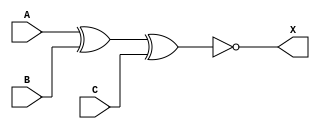
module sky130_fd_sc_ms__xnor3_5 (
    X,
    A,
    B,
    C
);
    output X;
    input  A;
    input  B;
    input  C;
    wire xnor0_out_X;
    xnor xnor0 (xnor0_out_X, A, B, C        );
    buf  buf0  (X          , xnor0_out_X    );
endmodule